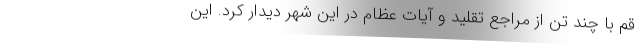
قم با چند تن از مراجع تقلید و آیات عظام در این شهر دیدار کرد. این